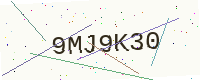
Text: 9MJ9K30